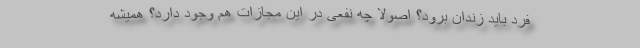
فرد باید زندان برود؟ اصولا چه نفعی در این مجازات هم وجود دارد؟ همیشه